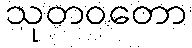
သုတဝတော